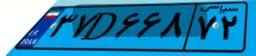
۸۸D۲۶۶۸۸